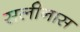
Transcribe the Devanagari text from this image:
सलीनास